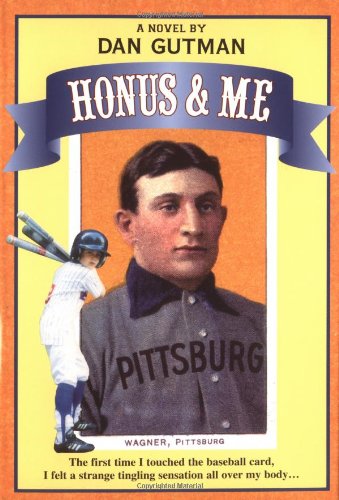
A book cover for Honus and Me: A Baseball Card Adventure; Dan Gutman; Children's Books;